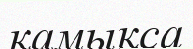
қамықса